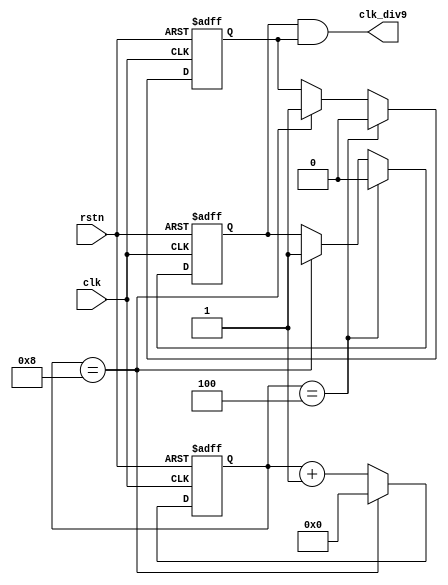
module odo_div_and
   #( parameter DIV_CLK = 9 )
   (
    input               rstn ,
    input               clk,
    output              clk_div9
    );

   //
   reg [3:0]            cnt ;
   always @(posedge clk or negedge rstn) begin
      if (!rstn) begin
         cnt    <= 'b0 ;
      end
      else if (cnt == DIV_CLK-1) begin
         cnt    <= 'b0 ;
      end
      else begin
         cnt    <= cnt + 1'b1 ;
      end
   end

   //9
   reg                  clkp_div9_r ;
   always @(posedge clk or negedge rstn) begin
      if (!rstn) begin
         clkp_div9_r <= 1'b0 ;
      end
      else if (cnt == (DIV_CLK>>1) ) begin //5-8
        clkp_div9_r <= 0 ;
      end
      else if (cnt == DIV_CLK-1) begin // 0-4 
        clkp_div9_r <= 1 ;
      end
   end

   //9
   reg                  clkn_div9_r ;
   always @(negedge clk or negedge rstn) begin
      if (!rstn) begin
         clkn_div9_r <= 1'b0 ;
      end
      else if (cnt == (DIV_CLK>>1) ) begin 
        clkn_div9_r <= 0 ;
      end
      else if (cnt == DIV_CLK-1) begin 
        clkn_div9_r <= 1 ;
      end
   end

   //
   //and (clk_div9, clkp_div9_r, clkn_div9_r) ;
   assign clk_div9 = clkp_div9_r & clkn_div9_r ;

endmodule